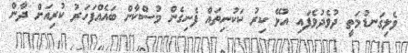
ވެލިގަނޑުމަތީ ދުވެދުވެފައި އުޅޭ ކިރު ކަކުނިތައް ފެނިގެން މުސްކާން ބައެއްފަހަރު ކުރިއަށް ދާން